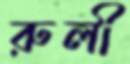
রুলী